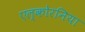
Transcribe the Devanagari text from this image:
एल्कोरनिया